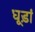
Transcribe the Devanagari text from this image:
धूड़ां